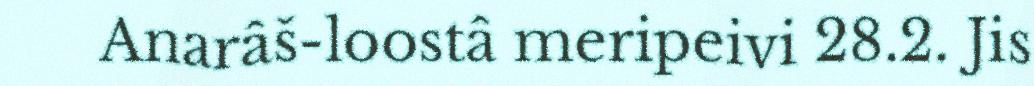
Anarâš-loostâ meripeivi 28.2. Jis